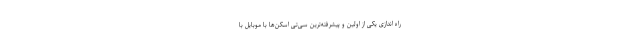
راه اندازی یکی از اولین و پیشرفته‌ترین‌ سی‌تی اسکن‌ها با موبایل با